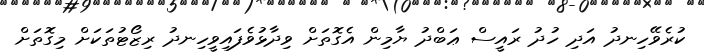
ކުރެވޭހިނދު އަދި ހުދު ރައީސް ޢަބްދު ޔާމިން އެގޮތަށް ވިދާޅުވެފައިވީހިނދު ރިޒޯޓުތަކަށް މިގޮތަށް